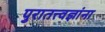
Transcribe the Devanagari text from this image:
पुरातत्त्वज्ञांना